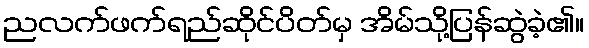
ညလက်ဖက်ရည်ဆိုင်ပိတ်မှ အိမ်သို့ပြန်ဆွဲခဲ့၏။